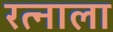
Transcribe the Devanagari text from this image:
रत्‍नाला